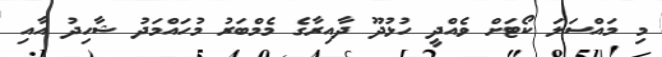
މި މައްސަލަ ކޯޓަށް ވެއްދީ ހުޅުދޫ ދާއިރާގެ މެމްބަރު މުހައްމަދު ޝާހިދު އާއި